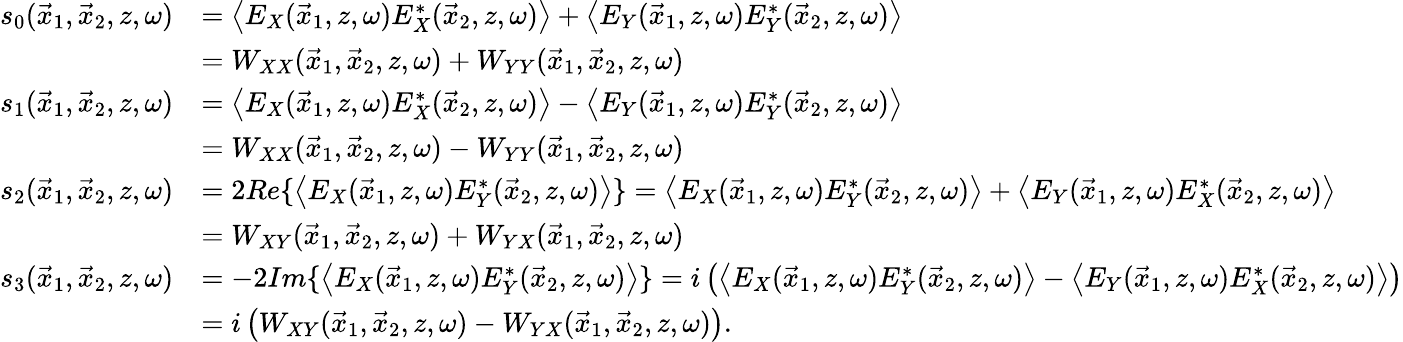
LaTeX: \begin{array}{rl}{s_{0}(\vec{x}_{1},\vec{x}_{2},z,\omega)}&{=\left\langle E_{X}(\vec{x}_{1},z,\omega)E_{X}^{*}(\vec{x}_{2},z,\omega)\right\rangle+\left\langle E_{Y}(\vec{x}_{1},z,\omega)E_{Y}^{*}(\vec{x}_{2},z,\omega)\right\rangle}\\ &{=W_{XX}(\vec{x}_{1},\vec{x}_{2},z,\omega)+W_{YY}(\vec{x}_{1},\vec{x}_{2},z,\omega)}\\ {s_{1}(\vec{x}_{1},\vec{x}_{2},z,\omega)}&{=\left\langle E_{X}(\vec{x}_{1},z,\omega)E_{X}^{*}(\vec{x}_{2},z,\omega)\right\rangle-\left\langle E_{Y}(\vec{x}_{1},z,\omega)E_{Y}^{*}(\vec{x}_{2},z,\omega)\right\rangle}\\ &{=W_{XX}(\vec{x}_{1},\vec{x}_{2},z,\omega)-W_{YY}(\vec{x}_{1},\vec{x}_{2},z,\omega)}\\ {s_{2}(\vec{x}_{1},\vec{x}_{2},z,\omega)}&{=2Re\{ \left\langle E_{X}(\vec{x}_{1},z,\omega)E_{Y}^{*}(\vec{x}_{2},z,\omega)\right\rangle\} =\left\langle E_{X}(\vec{x}_{1},z,\omega)E_{Y}^{*}(\vec{x}_{2},z,\omega)\right\rangle+\left\langle E_{Y}(\vec{x}_{1},z,\omega)E_{X}^{*}(\vec{x}_{2},z,\omega)\right\rangle}\\ &{=W_{XY}(\vec{x}_{1},\vec{x}_{2},z,\omega)+W_{YX}(\vec{x}_{1},\vec{x}_{2},z,\omega)}\\ {s_{3}(\vec{x}_{1},\vec{x}_{2},z,\omega)}&{=-2Im\{ \left\langle E_{X}(\vec{x}_{1},z,\omega)E_{Y}^{*}(\vec{x}_{2},z,\omega)\right\rangle\} =i\left(\left\langle E_{X}(\vec{x}_{1},z,\omega)E_{Y}^{*}(\vec{x}_{2},z,\omega)\right\rangle-\left\langle E_{Y}(\vec{x}_{1},z,\omega)E_{X}^{*}(\vec{x}_{2},z,\omega)\right\rangle\right)}\\ &{=i\left(W_{XY}(\vec{x}_{1},\vec{x}_{2},z,\omega)-W_{YX}(\vec{x}_{1},\vec{x}_{2},z,\omega)\right).}\end{array}